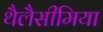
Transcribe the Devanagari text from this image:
थैलैसीमिया